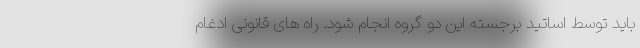
باید توسط اساتید برجسته این دو گروه انجام شود. راه های قانونی ادغام